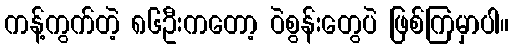
ကန့်ကွက်တဲ့ ၈၆ဦးကတော့ ဝဲစွန်းတွေပဲ ဖြစ်ကြမှာပါ။